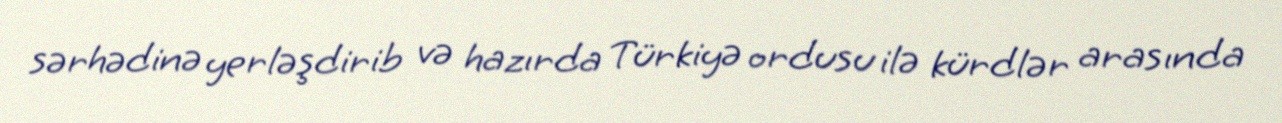
sərhədinə yerləşdirib və hazırda Türkiyə ordusu ilə kürdlər arasında